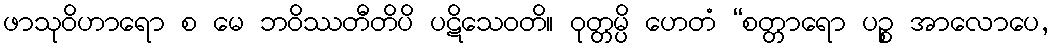
ဖာသုဝိဟာရော စ မေ ဘဝိဿတီတိပိ ပဋိသေဝတိ။ ဝုတ္တမ္ပိ ဟေတံ “စတ္တာရော ပဉ္စ အာလောပေ,